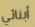
أبنائي